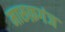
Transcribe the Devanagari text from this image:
मारूफ़गंज